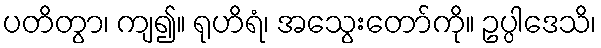
ပတိတွာ၊ ကျ၍။ ရုဟိရံ၊ အသွေးတော်ကို။ ဥပ္ပါဒေသိ၊